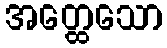
အတ္ထေသော